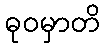
ဓုဝမှာတိ